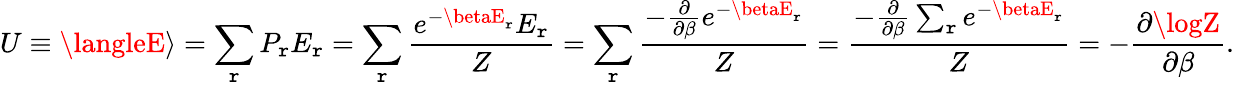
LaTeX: U\equiv\langleE\rangle=\sum_{\mathtt{r}}P_{\mathtt{r}}E_{\mathtt{r}}=\sum_{\mathtt{r}}{\frac{{e^{-\betaE_{\mathtt{r}}}E_{\mathtt{r}}}}{{Z}}}=\sum_{\mathtt{r}}{\frac{{-{\frac{{\partial}}{{\partial\beta}}}e^{-\betaE_{\mathtt{r}}}}}{{Z}}}={\frac{{-{\frac{{\partial}}{{\partial\beta}}}\sum_{\mathtt{r}}e^{-\betaE_{\mathtt{r}}}}}{{Z}}}=-{\frac{{\partial\logZ}}{{\partial\beta}}}.